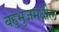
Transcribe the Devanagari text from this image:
बहुभुजमधील